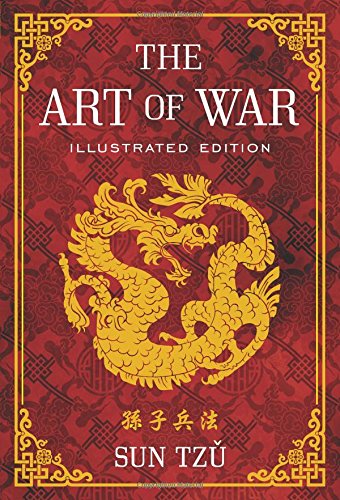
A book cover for The Art of War: Illustrated Edition; Sun Tzu; Engineering & Transportation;